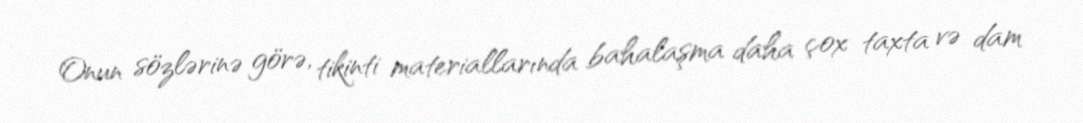
Onun sözlərinə görə, tikinti materiallarında bahalaşma daha çox taxta və dam